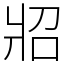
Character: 㸛